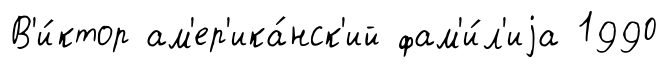
В'и́ктор ам'ер'ика́нск'ий фам'и́л'иjа 1990